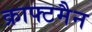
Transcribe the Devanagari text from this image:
क्राफ्टमैन